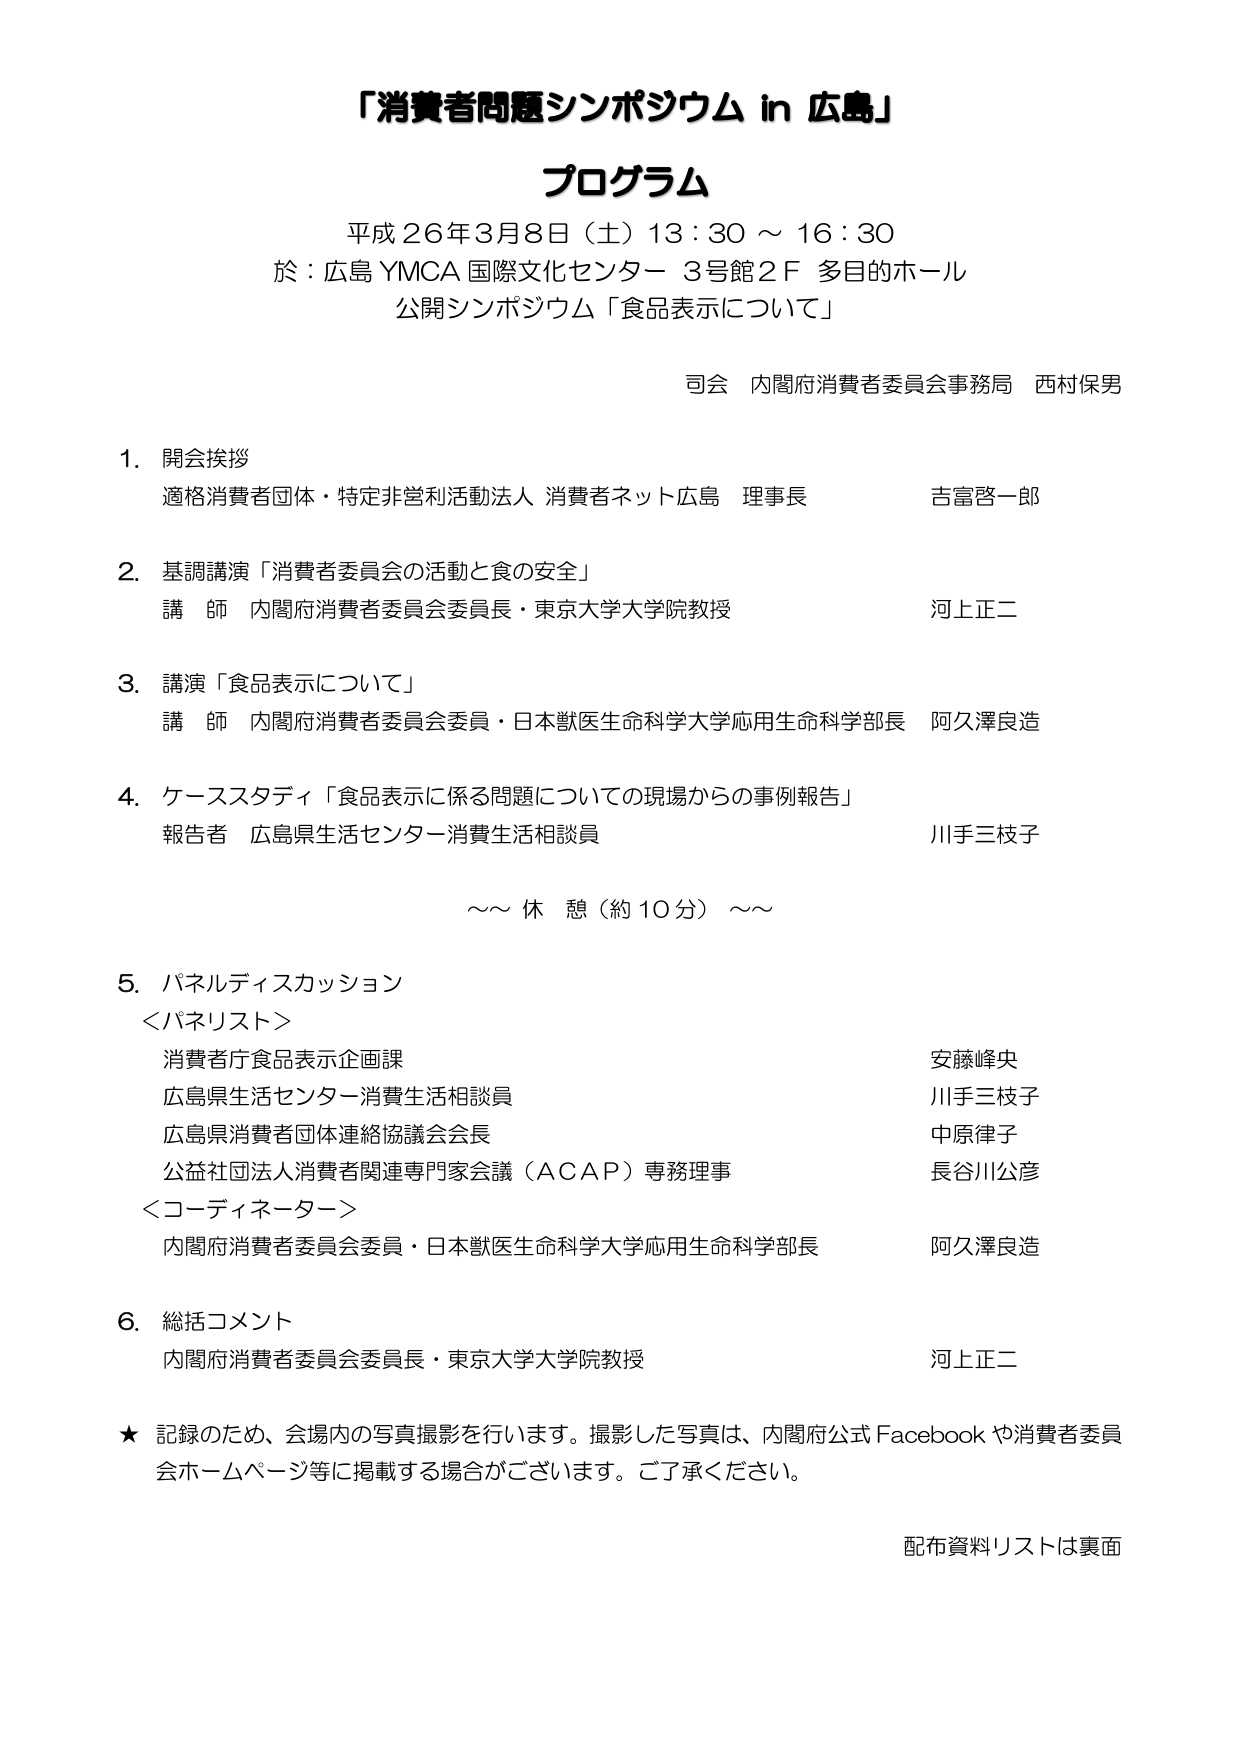
「消費者問題シンポジウム in 広島」
プログラム
平成26年3月8日（土）13：30 ～ 16：30
於：広島YMCA国際文化センター 3号館2F 多目的ホール
公開シンポジウム「食品表示について」
司会 内閣府消費者委員会事務局 西村保男

1. 開会挨拶
適格消費者団体・特定非営利活動法人 消費者ネット広島 理事長 吉富啓一郎

2. 基調講演「消費者委員会の活動と食の安全」
講師 内閣府消費者委員会委員長・東京大学大学院教授 河上正二

3. 講演「食品表示について」
講師 内閣府消費者委員会委員・日本獣医生命科学大学応用生命科学部長 阿久澤良造

4. ケーススタディ「食品表示に係る問題についての現場からの事例報告」
報告者 広島県生活センター消費生活相談員 川手三枝子

～～ 休憩（約10分） ～～

5. パネルディスカッション
＜パネリスト＞
消費者庁食品表示企画課 安藤峰央
広島県生活センター消費生活相談員 川手三枝子
広島県消費者団体連絡協議会会長 中原律子
公益社団法人消費者関連専門家会議（ACAP）専務理事 長谷川公彦
＜コーディネーター＞
内閣府消費者委員会委員・日本獣医生命科学大学応用生命科学部長 阿久澤良造

6. 総括コメント
内閣府消費者委員会委員長・東京大学大学院教授 河上正二

★ 記録のため、会場内の写真撮影を行います。撮影した写真は、内閣府公式 Facebook や消費者委員会ホームページ等に掲載する場合がございます。ご了承ください。

配布資料リストは裏面